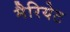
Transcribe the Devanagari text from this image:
मैरियेट